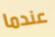
عندما